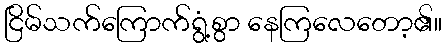
ငြိမ်သက်ကြောက်ရွံ့စွာ နေကြလေတော့၏။